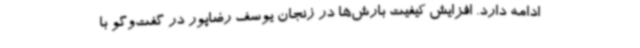
ادامه دارد. افزایش کیفیت بارش‌ها در زنجان یوسف رضاپور در گفت‌وگو با